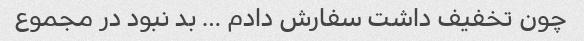
چون تخفیف داشت سفارش دادم … بد نبود در مجموع